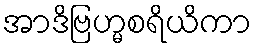
အာဒိဗြဟ္မစရိယိကာ